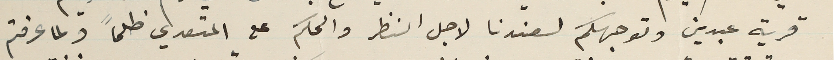
قرية عبدين وتوجهكم لعندنا لاجل النظر والحكم على المتعدي ظلماً ولما عرفتم